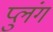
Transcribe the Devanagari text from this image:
प्लुंग